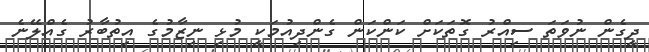
ދީގެން ނުވަތަ ސިއްރު ގޮތަކަށް ކަންކަން ގެންދިއުމަކީ މުޅި ނިޒާމުގެ އިތުބާރު ގެއްލޭނެ